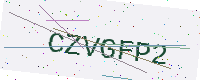
Text: CZVGFP2